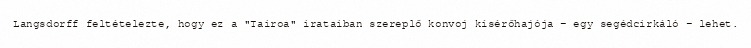
Langsdorff feltételezte, hogy ez a "Tairoa" irataiban szereplő konvoj kísérőhajója – egy segédcirkáló – lehet.